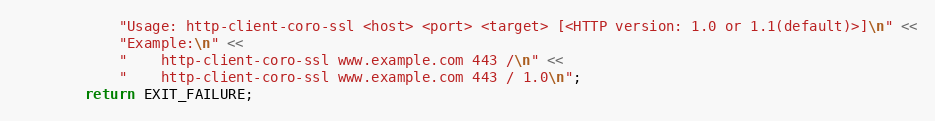
Language: C++
            "Usage: http-client-coro-ssl <host> <port> <target> [<HTTP version: 1.0 or 1.1(default)>]\n" <<
            "Example:\n" <<
            "    http-client-coro-ssl www.example.com 443 /\n" <<
            "    http-client-coro-ssl www.example.com 443 / 1.0\n";
        return EXIT_FAILURE;